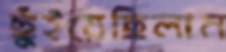
ছুঁইয়েছিলাম